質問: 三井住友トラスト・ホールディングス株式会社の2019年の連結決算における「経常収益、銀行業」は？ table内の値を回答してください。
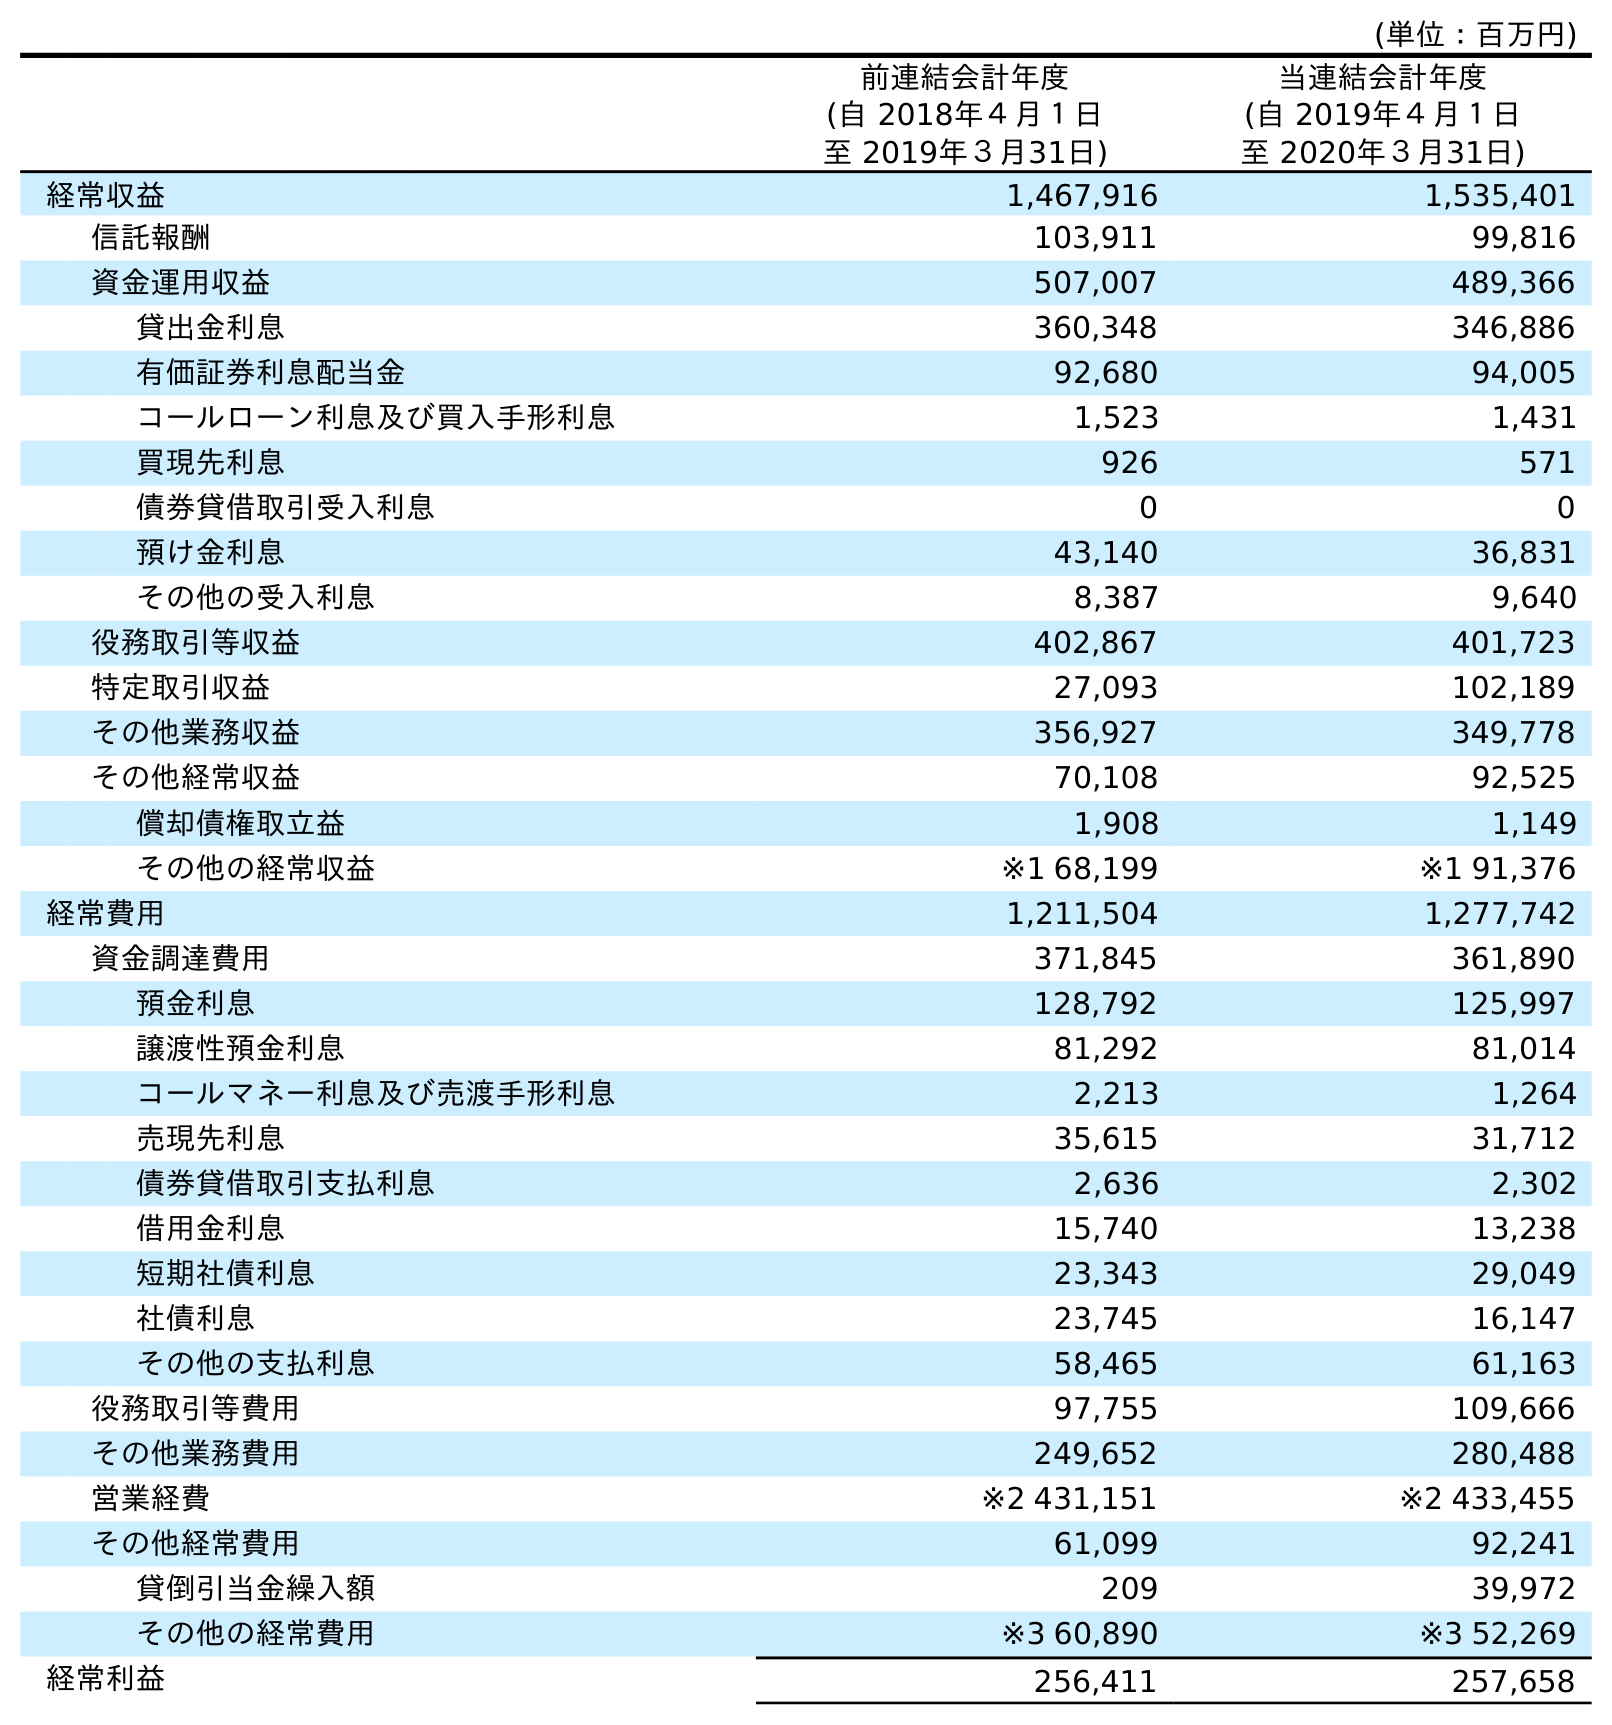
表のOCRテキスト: (単位：百万円) 前連結会計年度 (自 2018年４月１日 至 2019年３月31日) 当連結会計年度 (自 2019年４月１日 至 2020年３月31日) 経常収益 1,467,916 1,535,401 信託報酬 103,911 99,816 資金運用収益 507,007 489,366 貸出金利息 360,348 346,886 有価証券利息配当金 92,680 94,005 コールローン利息及び買入手形利息 1,523 1,431 買現先利息 926 571 債券貸借取引受入利息 0 0 預け金利息 43,140 36,831 その他の受入利息 8,387 9,640 役務取引等収益 402,867 401,723 特定取引収益 27,093 102,189 その他業務収益 356,927 349,778 その他経常収益 70,108 92,525 償却債権取立益 1,908 1,149 その他の経常収益 ※1 68,199 ※1 91,376 経常費用 1,211,504 1,277,742 資金調達費用 371,845 361,890 預金利息 128,792 125,997 譲渡性預金利息 81,292 81,014 コールマネー利息及び売渡手形利息 2,213 1,264 売現先利息 35,615 31,712 債券貸借取引支払利息 2,636 2,302 借用金利息 15,740 13,238 短期社債利息 23,343 29,049 社債利息 23,745 16,147 その他の支払利息 58,465 61,163 役務取引等費用 97,755 109,666 その他業務費用 249,652 280,488 営業経費 ※2 431,151 ※2 433,455 その他経常費用 61,099 92,241 貸倒引当金繰入額 209 39,972 その他の経常費用 ※3 60,890 ※3 52,269 経常利益 256,411 257,658
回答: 1,467,916